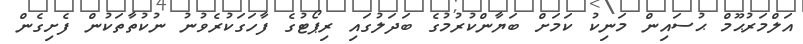
އަލްމަރުޙޫމް ޙުސައިން މަނިކު ކަމަށް ބަޔާންކުރުމުގެ ބަދަލުގައި ރިޕޯޓުގެ ފާހަގަކުރެވުނު ނުކުތާތަކުން ފެށިގެން